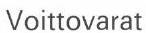
Voittovarat